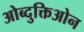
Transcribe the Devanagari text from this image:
ओब्दुक्तिओन